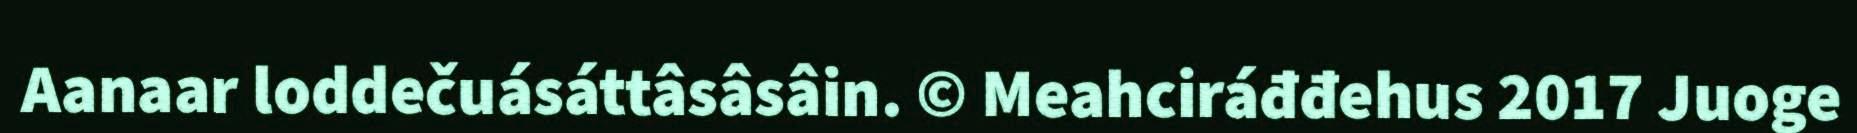
Aanaar loddečuásáttâsâsâin. © Meahciráđđehus 2017 Juoge